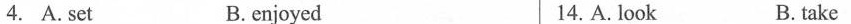
4. A. set B.enjoyed 14. A. look B. take